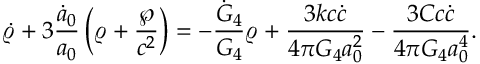
\dot { \varrho } + 3 { \frac { \dot { a } _ { 0 } } { a _ { 0 } } } \left( \varrho + { \frac { \wp } { c ^ { 2 } } } \right) = - { \frac { \dot { G } _ { 4 } } { G _ { 4 } } } \varrho + { \frac { 3 k c \dot { c } } { 4 \pi G _ { 4 } a _ { 0 } ^ { 2 } } } - { \frac { 3 { \cal C } c \dot { c } } { 4 \pi G _ { 4 } a _ { 0 } ^ { 4 } } } .